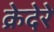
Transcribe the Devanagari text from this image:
क्रेदेरे